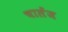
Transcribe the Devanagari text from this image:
चालेंज